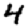
Digit: 4